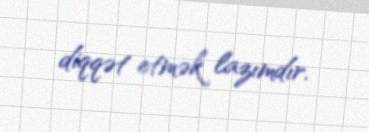
diqqət etmək lazımdır.